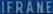
IFRANE